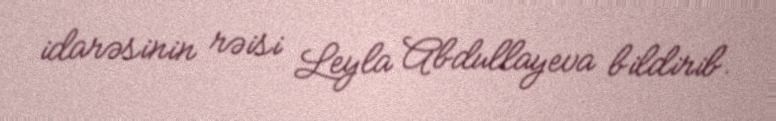
idarəsinin rəisi Leyla Abdullayeva bildirib.